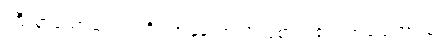
ကြီးစွာသောဆင်းရဲကို။ အနုဘောသိ၊ ခံစားရ၏။ အညေသံပန၊